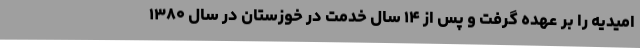
امیدیه را بر عهده گرفت و پس از ۱۴ سال خدمت در خوزستان در سال ۱۳۸۰